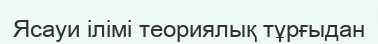
Ясауи ілімі теориялық тұрғыдан